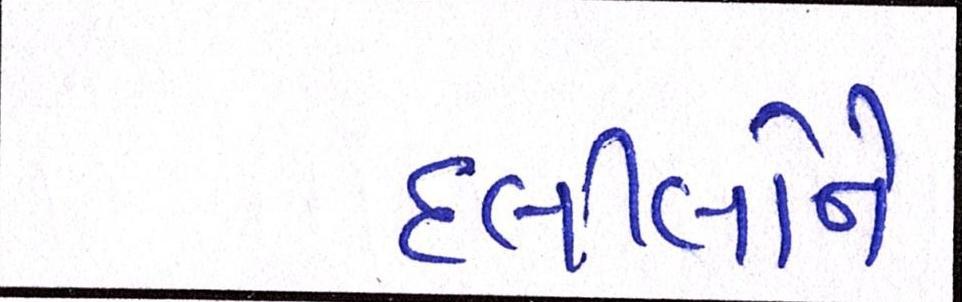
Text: દલીલોને